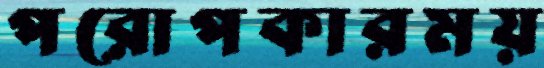
পরোপকারময়